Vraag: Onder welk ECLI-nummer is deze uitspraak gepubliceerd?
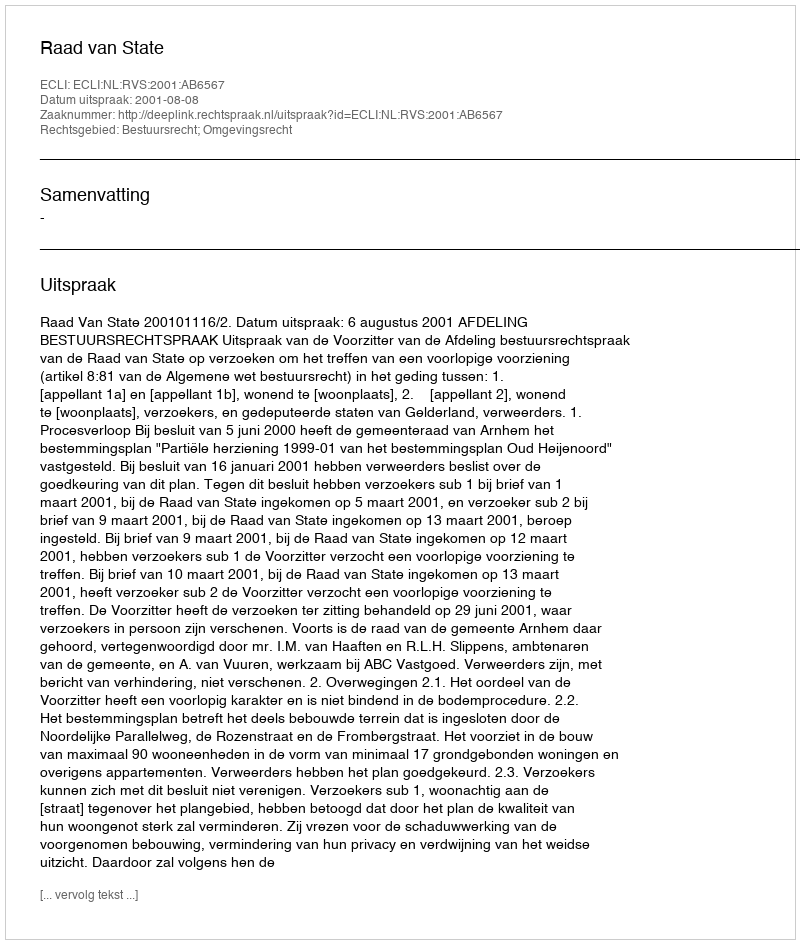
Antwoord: ECLI:NL:RVS:2001:AB6567